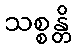
သစ္စန္တိ